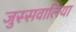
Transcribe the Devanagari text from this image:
जुस्सवालिया